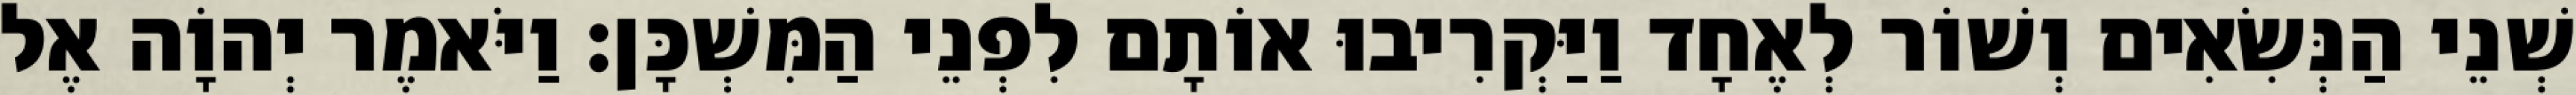
שְׁנֵי הַנְּשִׂאִים וְשׁוֹר לְאֶחָד וַיַּקְרִיבוּ אוֹתָם לִפְנֵי הַמִּשְׁכָּן׃ וַיֹּאמֶר יְהוָֹה אֶל